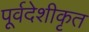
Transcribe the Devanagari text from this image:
पूर्वदेशीकृत